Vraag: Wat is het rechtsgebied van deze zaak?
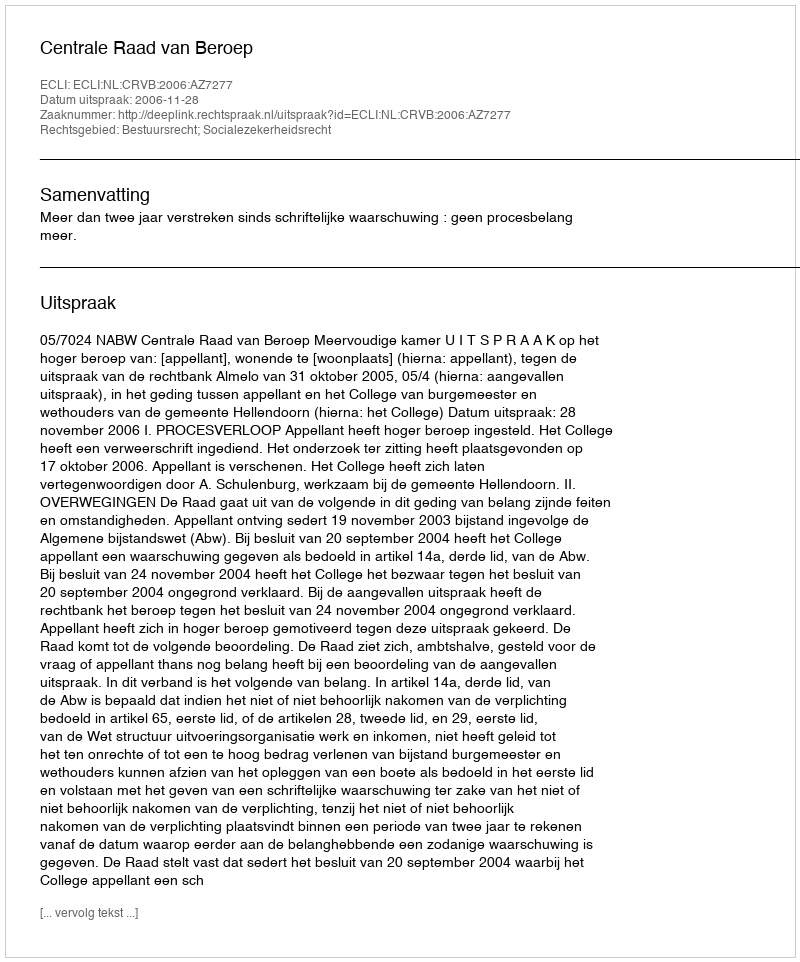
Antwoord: Bestuursrecht; Socialezekerheidsrecht